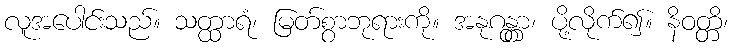
လူအပေါင်းသည်။ သတ္ထာရံ၊ မြတ်စွာဘုရားကို။ အနုဂန္တွာ၊ ပို့လိုက်၍။ နိဝတ္တိ၊